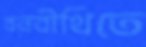
বনবীথিতে